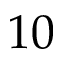
1 0